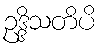
ဥဒ္ဒိသတိပိ